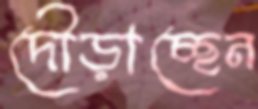
দৌড়াচ্ছেন